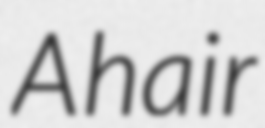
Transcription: A hair